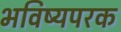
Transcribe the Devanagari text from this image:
भविष्यपरक